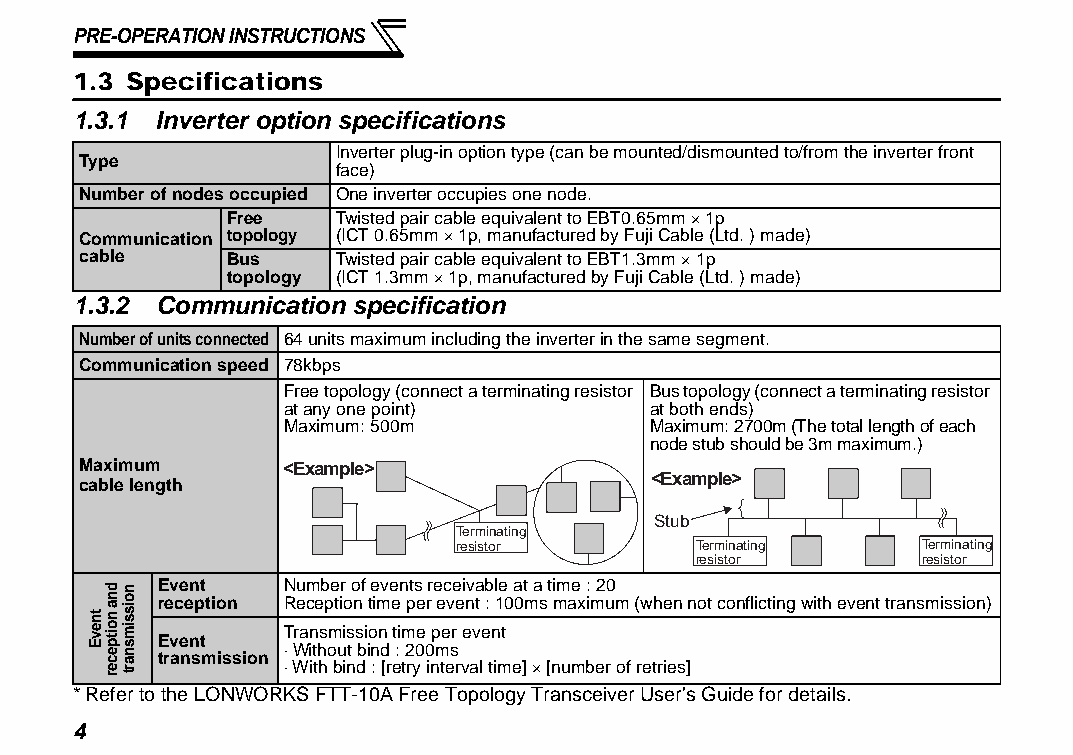
PRE-OPERATION INSTRUCTIONS
 1.3 Specifications
 1.3.1 Inverter option specifications
 Inverter plug-in option type (can be mounted/dismounted to/from the inverter front
 Type
 face)
 Number of nodes occupied One inverter occupies one node.
 Free   Twisted pair cable equivalent to EBT0.65mm × 1p
 Communication topology (ICT 0.65mm × 1p, manufactured by Fuji Cable (Ltd. ) made)
 cable     Bus    Twisted pair cable equivalent to EBT1.3mm × 1p
 topology (ICT 1.3mm × 1p, manufactured by Fuji Cable (Ltd. ) made)
 1.3.2 Communication specification
 Number of units connected 64 units maximum including the inverter in the same segment.
 Communication speed 78kbps
 Free topology (connect a terminating resistor Bus topology (connect a terminating resistor
 at any one point)        at both ends)
 Maximum: 500m            Maximum: 2700m (The total length of each
 node stub should be 3m maximum.)
 Maximum      <Example>
 <Example>
 cable length
 Stub
 Terminating
 resistor        Terminating    Terminating
 resistor       resistor
 Event   Number of events receivable at a time : 20
 reception Reception time per event : 100ms maximum (when not conflicting with event transmission)
 Transmission time per event
 Event
 ⋅ Without bind : 200ms
 transmission
 ⋅ With bind : [retry interval time] × [number of retries]
 * Refer to the LONWORKS FTT-10A Free Topology Transceiver User's Guide for details.
 4
 tnevE
 dna
 noitpecer
 noissimsnart